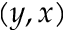
( y , x )